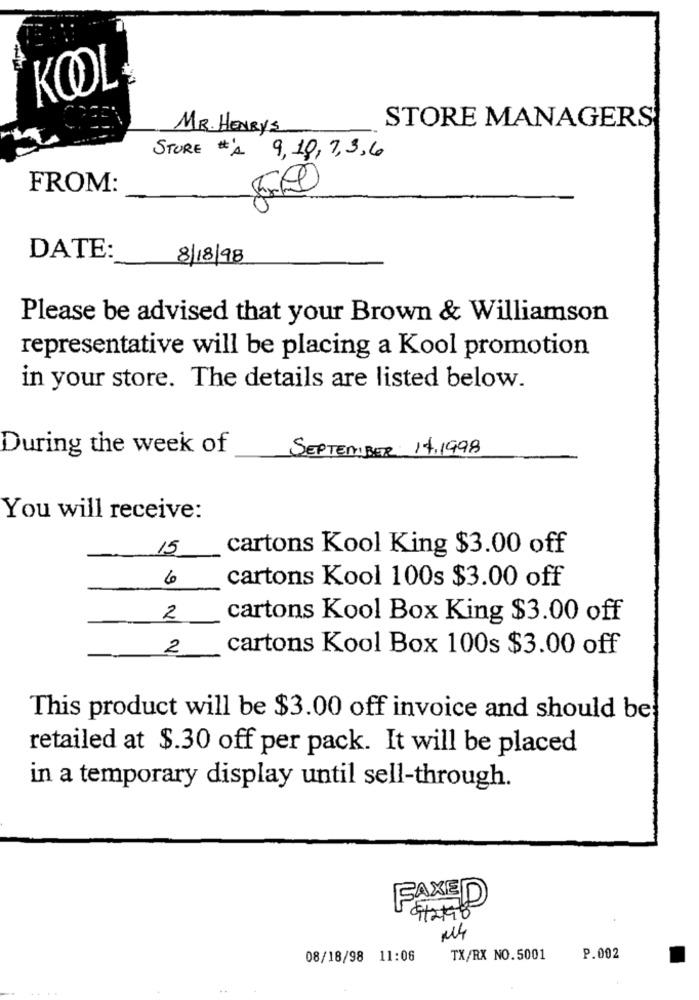
KOOL
MR. HENRYS
STORE MANAGERS
STORE #'A 9, 10, 7, 3,6
FROM:
DATE:
8/18/98
Please be advised that your Brown & Williamson
representative will be placing a Kool promotion
in your store. The details are listed below.
During the week of
SEPTEMBER 14.1998
You will receive:
15
cartons Kool King $3.00 off
6
cartons Kool 100s $3.00 off
2
cartons Kool Box King $3.00 off
2
cartons Kool Box 100s $3.00 off
This product will be $3.00 off invoice and should be
retailed at $.30 off per pack. It will be placed
in a temporary display until sell-through.
FAXED
2
08/18/98 11:06
TX/RX NO.5001
P.002